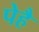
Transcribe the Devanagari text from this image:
पेहै